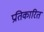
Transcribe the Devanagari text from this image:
प्रतिकारित